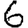
Digit: 6